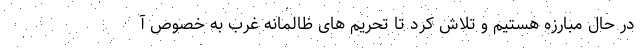
در حال مبارزه هستیم و تلاش کرد تا تحریم های ظالمانه غرب به خصوص آ